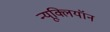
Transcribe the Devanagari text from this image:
न्यूक्लियॉन